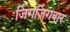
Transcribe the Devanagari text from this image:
जिंगजिंगबार